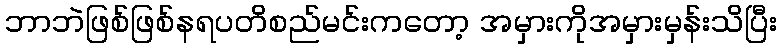
ဘာဘဲဖြစ်ဖြစ်နရပတိစည်မင်းကတော့ အမှားကိုအမှားမှန်းသိပြီး